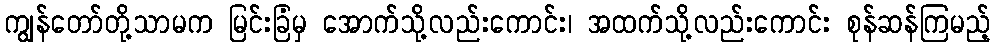
ကျွန်တော်တို့သာမက မြင်းခြံမှ အောက်သို့လည်းကောင်း၊ အထက်သို့လည်းကောင်း စုန်ဆန်ကြမည့်